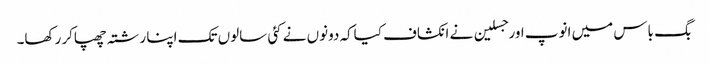
بگ باس میں انوپ اورجسلین نے انکشاف کیاکہ دونوں نے کئی سالوں تک اپنا رشتہ چھپاکر رکھا۔